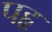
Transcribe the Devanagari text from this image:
पहृ